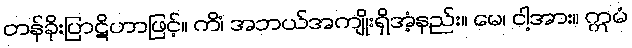
တန်ခိုးပြာဋိဟာဖြင့်။ ကိံ၊ အဘယ်အကျိုးရှိအံ့နည်း။ မေ၊ ငါ့အား။ ဣမံ